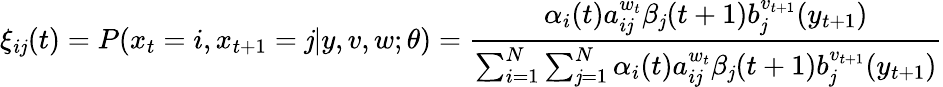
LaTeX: \xi_{i\mathit{j}}(t)=P(x_{t}=i,x_{t+1}=\mathit{j}|y,v,w;\theta)={\frac{{\alpha_{i}(t)a_{i\mathit{j}}^{w_{t}}\beta_{\mathit{j}}(t+1)b_{\mathit{j}}^{v_{t+1}}(y_{t+1})}}{{\sum_{i=1}^{N}\sum_{\mathit{j}=1}^{N}\alpha_{i}(t)a_{i\mathit{j}}^{w_{t}}\beta_{\mathit{j}}(t+1)b_{\mathit{j}}^{v_{t+1}}(y_{t+1})}}}